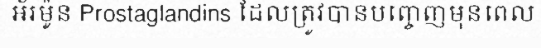
អ័រម៉ូន Prostaglandins ដែលត្រូវបានបញ្ចេញមុនពេល